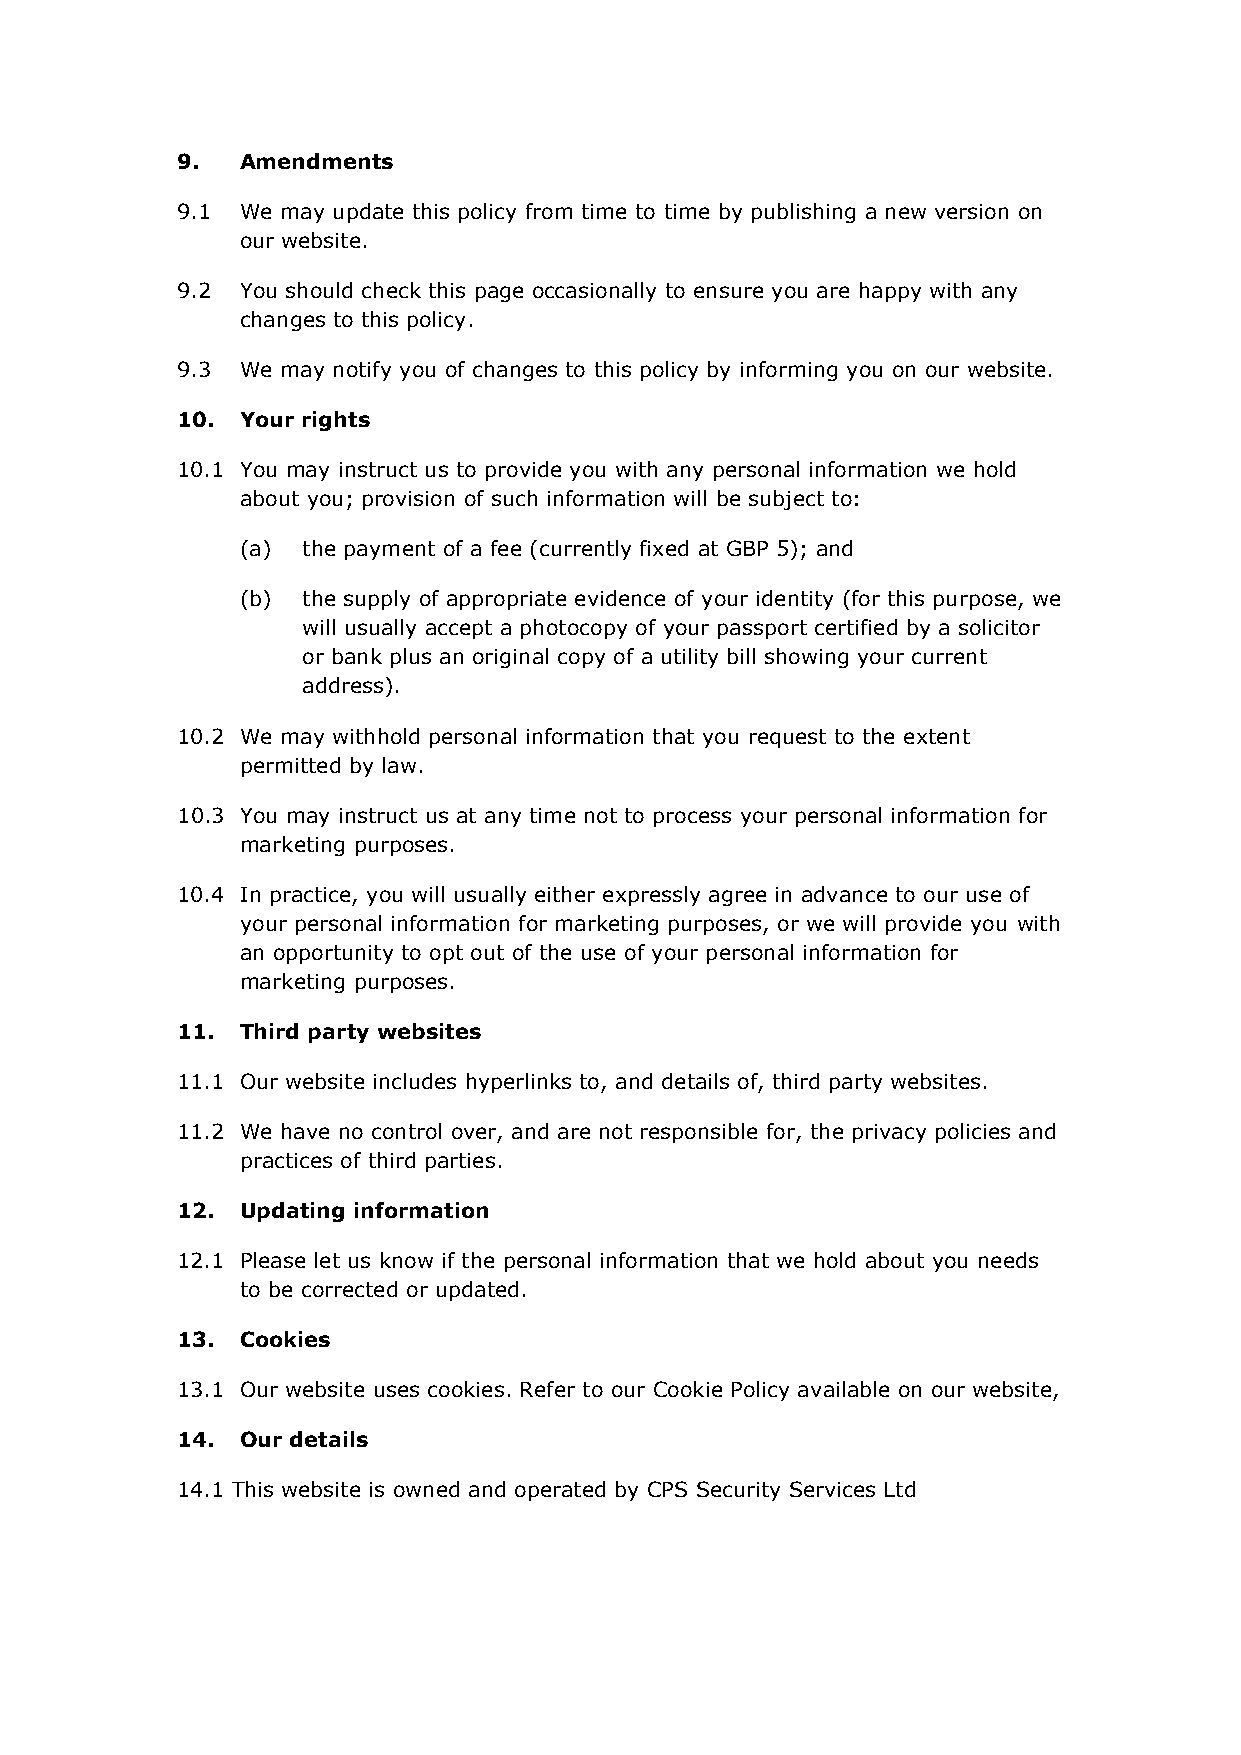
9.  Amendments
 9.1 We may update this policy from time to time by publishing a new version on
 our website.
 9.2 You should check this page occasionally to ensure you are happy with any
 changes to this policy.
 9.3 We may notify you of changes to this policy by informing you on our website.
 10. Your rights
 10.1 You may instruct us to provide you with any personal information we hold
 about you; provision of such information will be subject to:
 (a) the payment of a fee (currently fixed at GBP 5); and
 (b) the supply of appropriate evidence of your identity (for this purpose, we
 will usually accept a photocopy of your passport certified by a solicitor
 or bank plus an original copy of a utility bill showing your current
 address).
 10.2 We may withhold personal information that you request to the extent
 permitted by law.
 10.3 You may instruct us at any time not to process your personal information for
 marketing purposes.
 10.4 In practice, you will usually either expressly agree in advance to our use of
 your personal information for marketing purposes, or we will provide you with
 an opportunity to opt out of the use of your personal information for
 marketing purposes.
 11. Third party websites
 11.1 Our website includes hyperlinks to, and details of, third party websites.
 11.2 We have no control over, and are not responsible for, the privacy policies and
 practices of third parties.
 12. Updating information
 12.1 Please let us know if the personal information that we hold about you needs
 to be corrected or updated.
 13. Cookies
 13.1 Our website uses cookies. Refer to our Cookie Policy available on our website,
 14. Our details
 14.1 This website is owned and operated by CPS Security Services Ltd